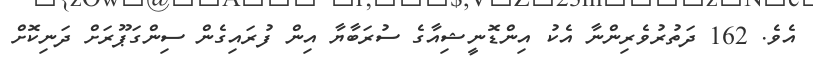
އެވެ. 162 ދަތުރުވެރިންނާ އެކު އިންޑޮނީޝިއާގެ ސުރަބާޔާ އިން ފުރައިގެން ސިންގަޕޫރަށް ދަނިކޮށް